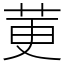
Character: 莄